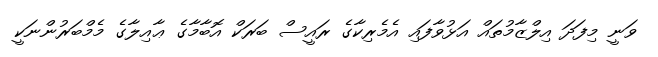
ވަނީ މިފަދަ އިލްޒާމުތައް އަޅުވާފައި އެމެރިކާގެ ރައީސް ބަރަކް އޮބާމާގެ ޢާއިލާގެ މެމްބަރުންނަކީ